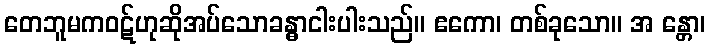
တေဘူမကဝဋ်ဟုဆိုအပ်သောခန္ဓာငါးပါးသည်။ ဧကော၊ တစ်ခုသော။ အ န္တော၊